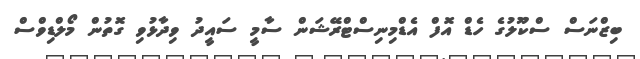
ބިޒްނަސް ސްކޫލުގެ ހެޑް އޮފް އެޑްމިނިސްޓްރޭޝަން ސާމީ ސައީދު ވިދާޅުވި ގޮތުން މޯލްޑިވްސް